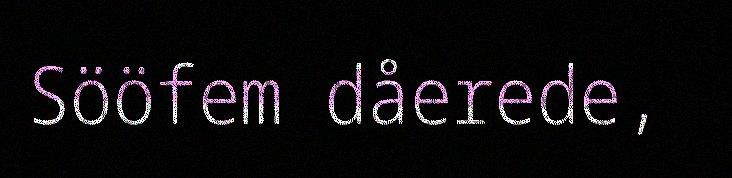
Sööfem dåerede,